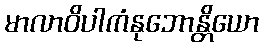
မာလာဝိပါကံနုဘောန္တိယော